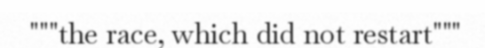
"""the race, which did not restart"""